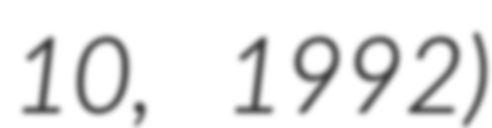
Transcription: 10, 1992)